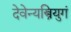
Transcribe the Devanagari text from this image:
देवेन्यस्त्रियुगं